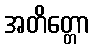
အတိတ္တော